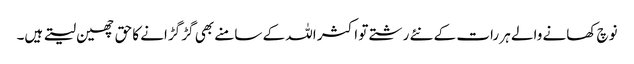
نوچ کھانے والے ہر رات کے نئے رشتے تو اکثر اللہ کے سامنے بھی گڑ گڑانے کا حق چھین لیتے ہیں۔